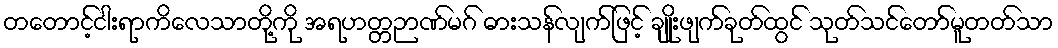
တတောင့်ငါးရာကိလေသာတို့ကို အရဟတ္တဉာဏ်မဂ် ဓားသန်လျက်ဖြင့် ချိုးဖျက်ခုတ်ထွင် သုတ်သင်တော်မူတတ်သာ